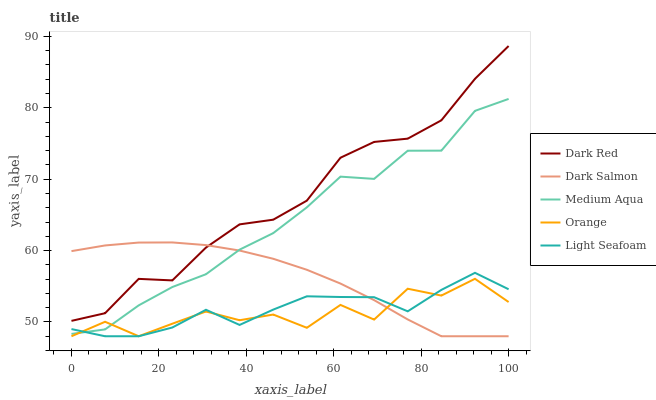
| xaxis_label | Dark Red | Dark Salmon | Medium Aqua | Orange | Light Seafoam |
 | --- | --- | --- | --- | --- | --- |
 | 0 | 50.2 | 59.9 | 48.3 | 48 | 49 |
 | 7.69 | 51.2 | 60.7 | 49 | 50 | 48 |
 | 15.4 | 56 | 61.1 | 52.3 | 48 | 48 |
 | 23.1 | 55.8 | 61.1 | 54.9 | 49.8 | 49.2 |
 | 30.8 | 60.4 | 60.8 | 56.7 | 51.5 | 51.7 |
 | 38.5 | 63.7 | 60 | 60.1 | 50.2 | 49.6 |
 | 46.2 | 64.3 | 58.9 | 62.4 | 51 | 51.7 |
 | 53.8 | 67 | 57.3 | 66.1 | 49.2 | 53.6 |
 | 61.5 | 73 | 55.4 | 70.4 | 52.4 | 53.5 |
 | 69.2 | 75.2 | 53.1 | 70 | 50.3 | 53.5 |
 | 76.9 | 75.7 | 50.4 | 74 | 54.7 | 51.5 |
 | 84.6 | 78.2 | 48 | 74 | 53.7 | 54.5 |
 | 92.3 | 84.1 | 48 | 79.6 | 56 | 56.9 |
 | 100 | 88.7 | 48 | 81.2 | 52.8 | 54.6 |